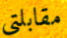
مقابلتى